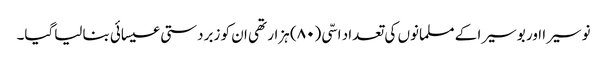
نوسیرا اور بوسیرا کے مسلمانوں کی تعداد اسّی (۸۰) ہزار تھی ان کو زبردستی عیسائی بنالیاگیا۔